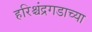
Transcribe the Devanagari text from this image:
हरिश्चंद्रगडाच्या